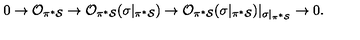
0 \rightarrow { \cal O } _ { \pi ^ { * } { \cal S } } \rightarrow { \cal O } _ { \pi ^ { * } { \cal S } } ( \sigma | _ { \pi ^ { * } { \cal S } } ) \rightarrow { \cal O } _ { \pi ^ { * } { \cal S } } ( \sigma | _ { \pi ^ { * } { \cal S } } ) | _ { \sigma | _ { \pi ^ { * } { \cal S } } } \rightarrow 0 .